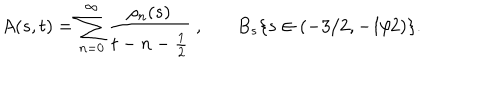
LaTeX: A ( s , t ) = \sum _ { n = 0 } ^ { \infty } \frac { \rho _ { n } ( s ) } { t - n - \frac { 1 } { 2 } } \ , \ \ \ B _ { s } \{ s \in ( - 3 / 2 , - 1 / 2 ) \} .